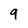
Character: 9